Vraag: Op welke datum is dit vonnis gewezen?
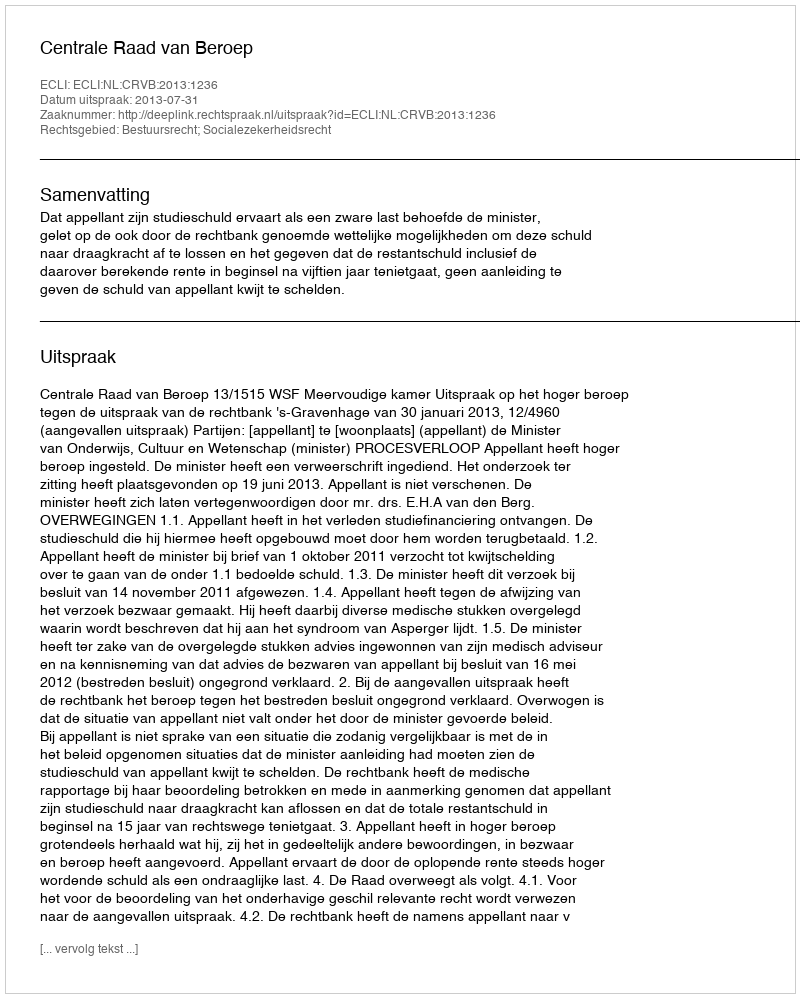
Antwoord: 2013-07-31